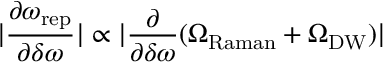
| \frac { \partial \omega _ { \mathrm { r e p } } } { \partial \delta \omega } | \propto | \frac { \partial } { \partial \delta \omega } ( \Omega _ { \mathrm { R a m a n } } + \Omega _ { \mathrm { D W } } ) |